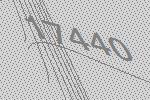
17440